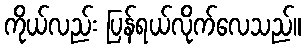
ကိုယ်လည်း ပြန်ရယ်လိုက်လေသည်။